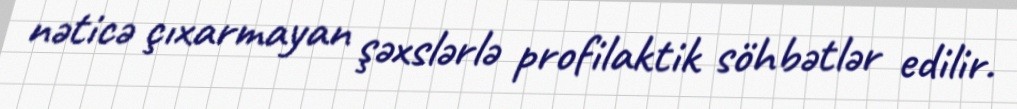
nəticə çıxarmayan şəxslərlə profilaktik söhbətlər edilir.